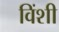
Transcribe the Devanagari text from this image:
विंशी